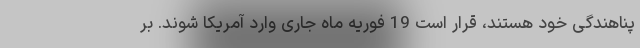
پناهندگی خود هستند، قرار است 19 فوریه ماه جاری وارد آمریکا شوند. بر